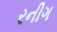
રનીગ